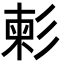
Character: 𢒞